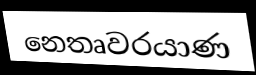
නෙතෘවරයාණ